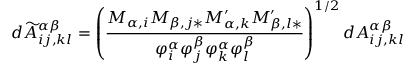
d \widetilde { A } _ { i j , k l } ^ { \alpha \beta } = \left( \frac { M _ { \alpha , i } M _ { \beta , j \ast } M _ { \alpha , k } ^ { \prime } M _ { \beta , l \ast } ^ { \prime } } { \varphi _ { i } ^ { \alpha } \varphi _ { j } ^ { \beta } \varphi _ { k } ^ { \alpha } \varphi _ { l } ^ { \beta } } \right) ^ { 1 / 2 } d A _ { i j , k l } ^ { \alpha \beta }